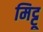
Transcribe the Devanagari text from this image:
मिट्टू